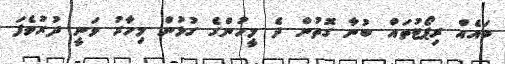
ބައެއް ރިޕޯޓުތައް ބުނާ ގޮތުން ދެ މީހުންގެ ގުޅުން މިހާރު ވަނީ ދުރުވެފަ